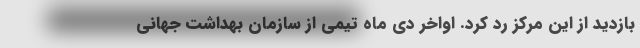
بازدید از این مرکز رد کرد. اواخر دی ماه تیمی از سازمان بهداشت جهانی